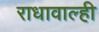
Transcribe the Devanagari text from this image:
राधावाल्ही